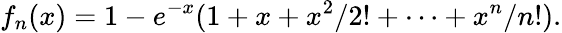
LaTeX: f_{n}(x)=1-e^{-x}(1+x+x^{2}/2!+\dots+x^{n}/n!).